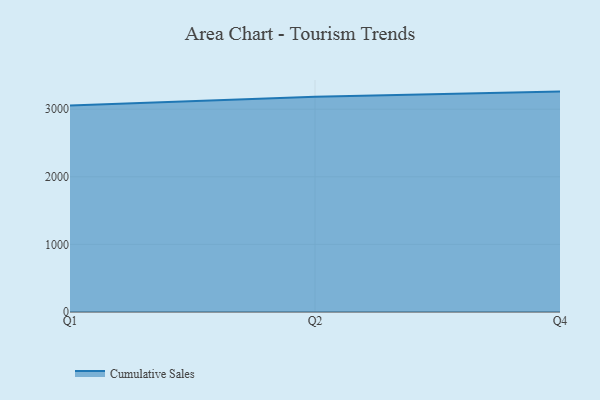
{"axis": {"x": "Quarter", "y": "Headcount"}, "legend": ["Cumulative Sales"], "data": [{"x": "Q1", "y": 3055.4, "type": "Cumulative Sales"}, {"x": "Q2", "y": 3185.9, "type": "Cumulative Sales"}, {"x": "Q4", "y": 3260.7, "type": "Cumulative Sales"}]}